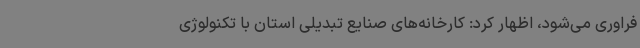
فراوری می‌شود، اظهار کرد: کارخانه‌های صنایع تبدیلی استان با تکنولوژی